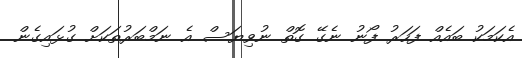
އެކަމަކު ބައެއް ފަހަރު ފޯނު ނެގޭ ގޮތް ނުވިޔަސް އެ ނަމްބަރުތަކަށް ގުޅައިގެން